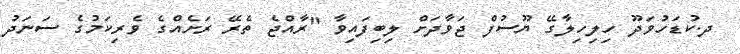
ދ.ކުޑަހުވަދޫ ހިލިހިލާގޭ ޔޫސުފް ޖަވާދަށް ލިބިފައިވާ "ރާއްޖެ ތެރޭ ރަށެއްގެ ވެރިކަމުގެ ސަނަދު